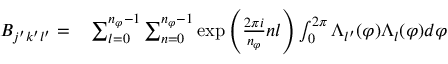
\begin{array} { r l } { B _ { j ^ { \prime } k ^ { \prime } l ^ { \prime } } = } & { { } \sum _ { l = 0 } ^ { n _ { \varphi } - 1 } \sum _ { n = 0 } ^ { n _ { \varphi } - 1 } \exp { \left( \frac { 2 \pi i } { n _ { \varphi } } n l \right) } \int _ { 0 } ^ { 2 \pi } \Lambda _ { l ^ { \prime } } ( \varphi ) \Lambda _ { l } ( \varphi ) d \varphi } \end{array}